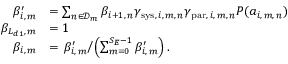
\begin{array} { r l } { \beta _ { i , \, m } ^ { \prime } } & { = \sum _ { n \in \mathscr { D } _ { m } } \beta _ { i + 1 , \, n } \gamma _ { \mathrm { s y s } , \, i , \, m , \, n } \gamma _ { \mathrm { p a r } , \, i , \, m , \, n } P ( a _ { i , \, m , \, n } ) } \\ { \beta _ { L _ { d 1 } , \, m } } & { = 1 } \\ { \beta _ { i , \, m } } & { = \left. \beta _ { i , \, m } ^ { \prime } \middle / \left( \sum _ { m = 0 } ^ { S _ { E } - 1 } \beta _ { i , \, m } ^ { \prime } \right) . \right. } \end{array}